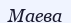
Маева